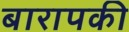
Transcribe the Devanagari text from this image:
बारापकी